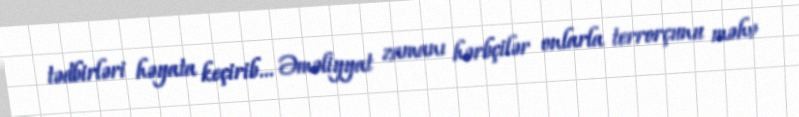
tədbirləri həyata keçirib... Əməliyyat zamanı hərbçilər onlarla terrorçunu məhv